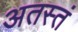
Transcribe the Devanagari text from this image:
अतस्तं